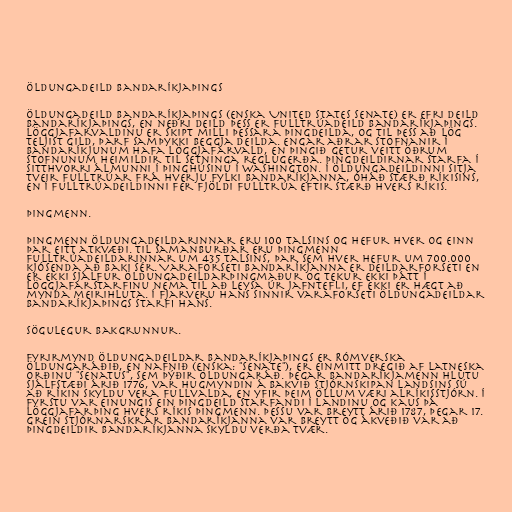
Öldungadeild Bandaríkjaþings

Öldungadeild Bandaríkjaþings (enska United States Senate) er efri deild
Bandaríkjaþings, en neðri deild þess er fulltrúadeild Bandaríkjaþings.
Löggjafarvaldinu er skipt milli þessara þingdeilda, og til þess að lög
teljist gild, þarf samþykki beggja deilda. Engar aðrar stofnanir í
Bandaríkjunum hafa löggjafarvald, en þingið getur veitt öðrum
stofnunum heimildir til setninga reglugerða. Þingdeildirnar starfa í
sitthvorri álmunni í þinghúsinu í Washington. Í öldungadeildinni sitja
tveir fulltrúar frá hverju fylki Bandaríkjanna, óháð stærð ríkisins,
en í fulltrúadeildinni fer fjöldi fulltrúa eftir stærð hvers ríkis.

Þingmenn.

Þingmenn öldungadeildarinnar eru 100 talsins og hefur hver og einn
þar eitt atkvæði. Til samanburðar eru þingmenn
fulltrúadeildarinnar um 435 talsins, þar sem hver hefur um 700.000
kjósenda að baki sér. Varaforseti Bandaríkjanna er deildarforseti en
er ekki sjálfur öldungadeildarþingmaður og tekur ekki þátt í
löggjafarstarfinu nema til að leysa úr jafntefli, ef ekki er hægt að
mynda meirihluta. Í fjarveru hans sinnir varaforseti öldungadeildar
Bandaríkjaþings starfi hans.

Sögulegur bakgrunnur.

Fyrirmynd öldungadeildar Bandaríkjaþings er Rómverska
öldungaráðið, en nafnið (enska: "senate"), er einmitt dregið af latneska
orðinu "senatus", sem þýðir öldungaráð. Þegar Bandaríkjamenn hlutu
sjálfstæði árið 1776, var hugmyndin á bakvið stjórnskipan landsins sú
að ríkin skyldu vera fullvalda, en yfir þeim öllum væri alríkisstjórn. Í
fyrstu var einungis ein þingdeild starfandi í landinu og kaus þá
löggjafarþing hvers ríkis þingmenn. Þessu var breytt árið 1787, þegar 17.
grein stjórnarskrár Bandaríkjanna var breytt og ákveðið var að
þingdeildir Bandaríkjanna skyldu verða tvær.